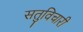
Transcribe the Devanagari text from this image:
सतुविचारी